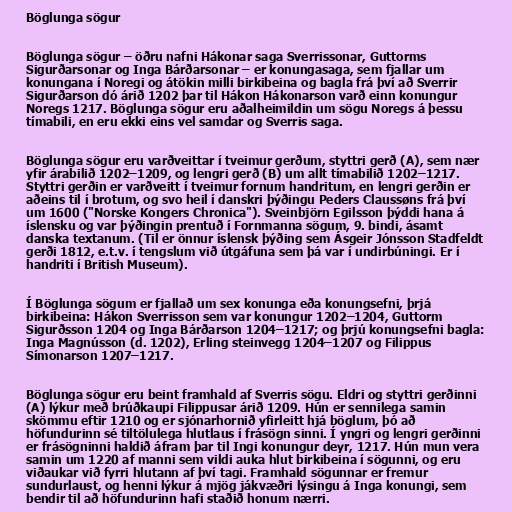
Böglunga sögur

Böglunga sögur – öðru nafni Hákonar saga Sverrissonar, Guttorms
Sigurðarsonar og Inga Bárðarsonar – er konungasaga, sem fjallar um
konungana í Noregi og átökin milli birkibeina og bagla frá því að Sverrir
Sigurðarson dó árið 1202 þar til Hákon Hákonarson varð einn konungur
Noregs 1217. Böglunga sögur eru aðalheimildin um sögu Noregs á þessu
tímabili, en eru ekki eins vel samdar og Sverris saga.

Böglunga sögur eru varðveittar í tveimur gerðum, styttri gerð (A), sem nær
yfir árabilið 1202–1209, og lengri gerð (B) um allt tímabilið 1202–1217.
Styttri gerðin er varðveitt í tveimur fornum handritum, en lengri gerðin er
aðeins til í brotum, og svo heil í danskri þýðingu Peders Claussøns frá því
um 1600 ("Norske Kongers Chronica"). Sveinbjörn Egilsson þýddi hana á
íslensku og var þýðingin prentuð í Fornmanna sögum, 9. bindi, ásamt
danska textanum. (Til er önnur íslensk þýðing sem Ásgeir Jónsson Stadfeldt
gerði 1812, e.t.v. í tengslum við útgáfuna sem þá var í undirbúningi. Er í
handriti í British Museum).

Í Böglunga sögum er fjallað um sex konunga eða konungsefni, þrjá
birkibeina: Hákon Sverrisson sem var konungur 1202–1204, Guttorm
Sigurðsson 1204 og Inga Bárðarson 1204–1217; og þrjú konungsefni bagla:
Inga Magnússon (d. 1202), Erling steinvegg 1204–1207 og Filippus
Símonarson 1207–1217.

Böglunga sögur eru beint framhald af Sverris sögu. Eldri og styttri gerðinni
(A) lýkur með brúðkaupi Filippusar árið 1209. Hún er sennilega samin
skömmu eftir 1210 og er sjónarhornið yfirleitt hjá böglum, þó að
höfundurinn sé tiltölulega hlutlaus í frásögn sinni. Í yngri og lengri gerðinni
er frásögninni haldið áfram þar til Ingi konungur deyr, 1217. Hún mun vera
samin um 1220 af manni sem vildi auka hlut birkibeina í sögunni, og eru
viðaukar við fyrri hlutann af því tagi. Framhald sögunnar er fremur
sundurlaust, og henni lýkur á mjög jákvæðri lýsingu á Inga konungi, sem
bendir til að höfundurinn hafi staðið honum nærri.